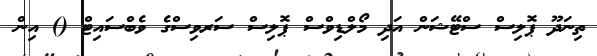
ތިނަދޫ ޕޮލިސް ސްޓޭޝަން އަދި މޯލްޑިވްސް ޕޮލިސް ސަރވިސްގެ ވެބްސައިޓް () އިން